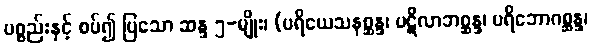
ပစ္စည်းနှင့် စပ်၍ ပြသော ဆန္ဒ ၅-မျိုး၊ (ပရိယေသနစ္ဆန္ဒ၊ ပဋိလာဘစ္ဆန္ဒ၊ ပရိဘောဂစ္ဆန္ဒ၊